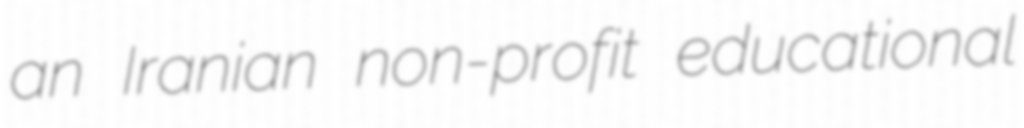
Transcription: an Iranian non-profit educational